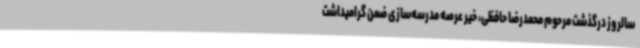
سالروز درگذشت مرحوم محمدرضا حافظی، خیر عرصه مدرسه‌سازی ضمن گرامیداشت